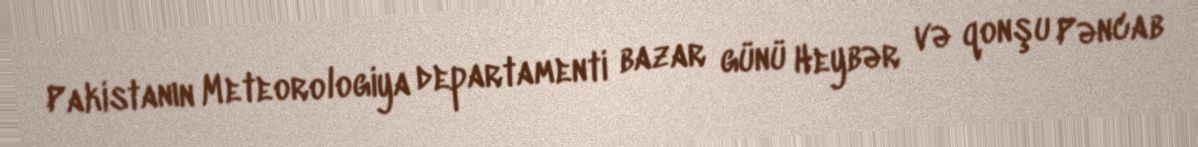
Pakistanın Meteorologiya departamenti bazar günü Heybər və qonşu Pəncab